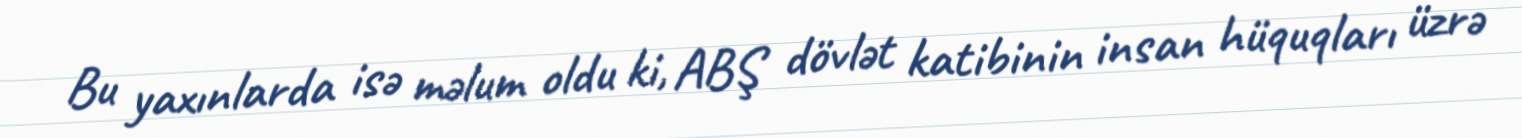
Bu yaxınlarda isə məlum oldu ki, ABŞ dövlət katibinin insan hüquqları üzrə